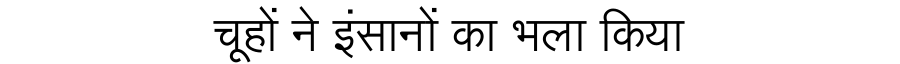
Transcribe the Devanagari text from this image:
चूहों ने इंसानों का भला किया